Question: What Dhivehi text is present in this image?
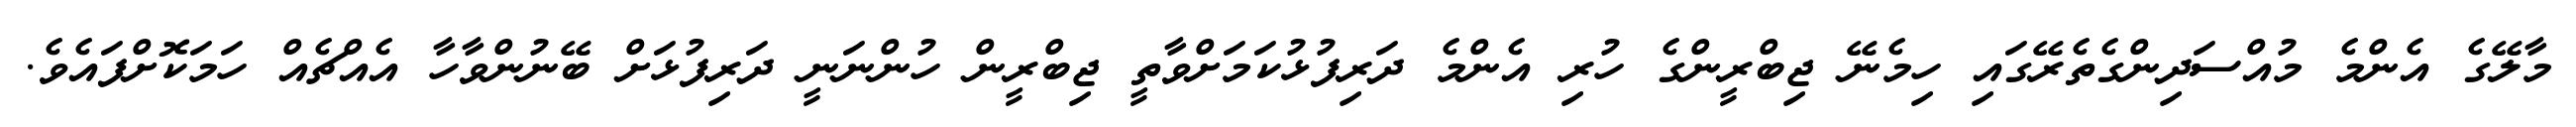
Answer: މާލޭގެ އެންމެ މުއްސަދިންގެތެރޭގައި ހިމެނޭ ޖިބްރީންގެ ހުރި އެންމެ ދަރިފުޅުކަމަށްވާތީ ޖިބްރީން ހުންނަނީ ދަރިފުޅަށް ބޭނުންވާހާ އެއްޗެއް ހަމަކޮށްފައެވެ.